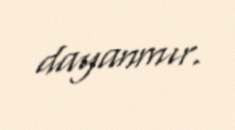
dayanmır.